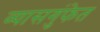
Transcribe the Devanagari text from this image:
व्यासगुंफेत